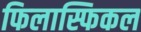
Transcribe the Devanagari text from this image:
फिलास्फिकल